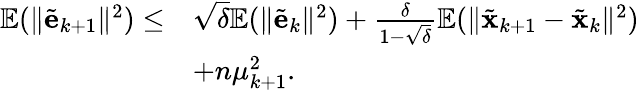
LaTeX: \begin{array}{rl}{\mathbb{E}(\| \tilde{\mathbf{e}}_{k+1}\| ^{2})\leq}&{\sqrt{\delta}\mathbb{E}(\| \tilde{\mathbf{e}}_{k}\| ^{2})+\frac{\delta}{1-\sqrt{\delta}}\mathbb{E}(\| \tilde{\mathbf{x}}_{k+1}-\tilde{\mathbf{x}}_{k}\| ^{2})}\\ &{+n\mu_{k+1}^{2}.}\end{array}